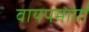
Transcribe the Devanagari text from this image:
वायपमार्गों